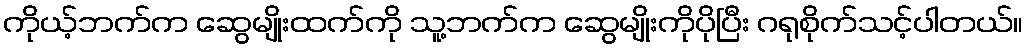
ကိုယ့်ဘက်က ဆွေမျိုးထက်ကို သူ့ဘက်က ဆွေမျိုးကိုပိုပြီး ဂရုစိုက်သင့်ပါတယ်။